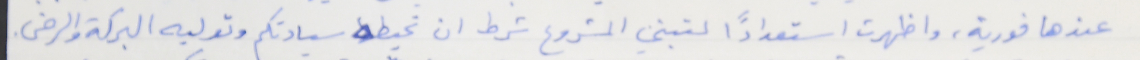
عندها فورية، واظهرت استعدادًا لتبني المشروع شرط ان تحيطه سيادتكم وتوليه البركة والرضى.